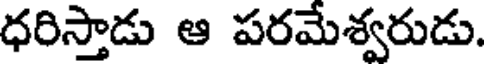
ధరిస్తాడు ఆ పరమేశ్వరుడు.